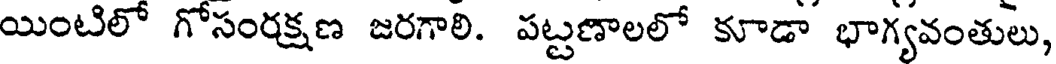
యింటిలో గోసంరక్షణ జరగాలి. పట్టణాలలో కూడా భాగ్యవంతులు,